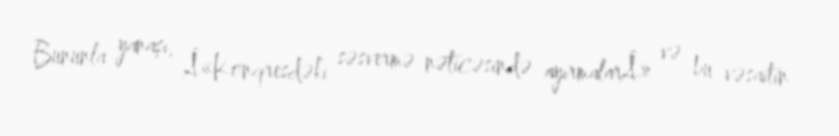
Bununla yanaşı, Â«Konqresdəki səsvermə nəticəsində ayırmalarÂ» və bu vəsaitin